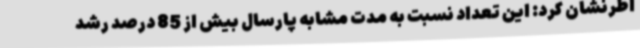
اطرنشان کرد: این تعداد نسبت به مدت مشابه پارسال بیش از 85 درصد رشد